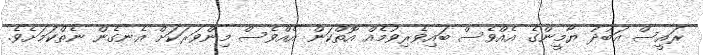
ރައީސް އަބުދު ޔާމީންގެ އެއްވެސް ބައިވެރިވުމެއް އޮތްކަން އެއްވެސް މިންވަަރަކަށް އެނގެން ނެތްކަމަށެވެ.